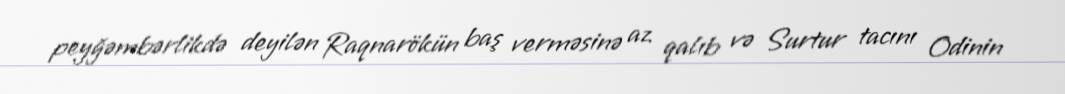
peyğəmbərlikdə deyilən Raqnarökün baş verməsinə az qalıb və Surtur tacını Odinin